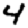
Digit: 4